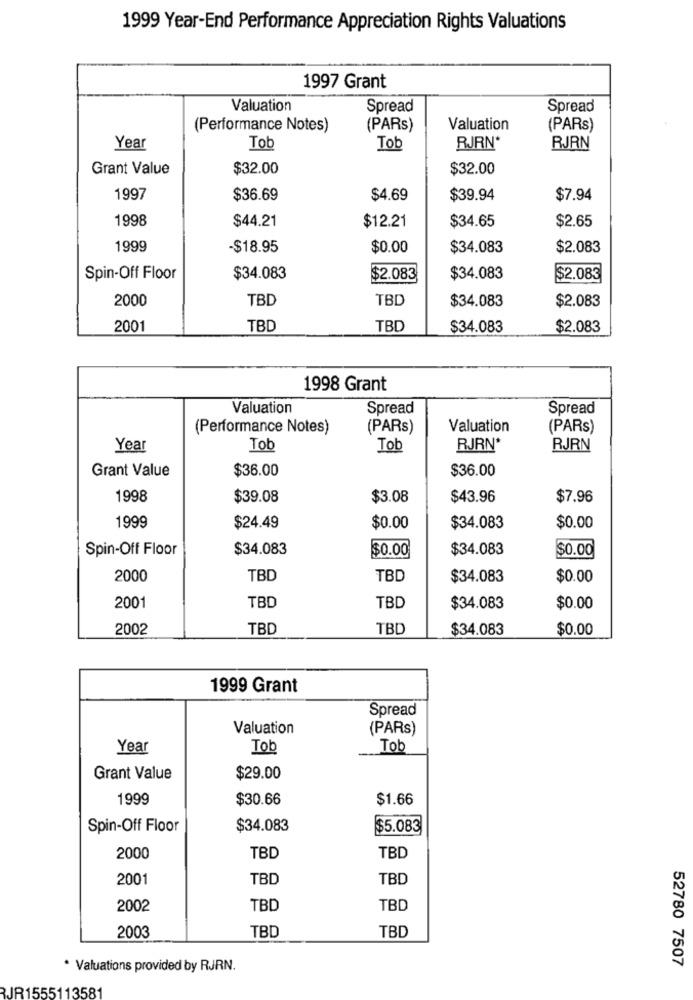
1999 Year-End Performance Appreciation Rights Valuations
1997 Grant
Valuation
Spread
Spread
(Performance Notes)
(PARs)
Valuation
(PARs)
Year
Tob
Tob
RJRN*
RJRN
Grant Value
$32.00
$32.00
1997
$36.69
$4.69
$39.94
$7.94
1998
$44.21
$12.21
$2.65
$34.65
1999
-$18.95
$0.00
$34.083
$2.083
Spin-Off Floor
$34.083
$2.083
$34.083
$2.083
2000
TBD
TBD
$34.083
$2.083
2001
TBD
TBD
$34.083
$2.083
1998 Grant
Valuation
Spread
Spread
(Performance Notes)
(PARs)
Valuation
(PARs)
Year
Tob
Tob
RJRN*
RJRN
Grant Value
$36.00
$36.00
1998
$39.08
$3.08
$43.96
$7.96
1999
$24.49
$0.00
$34.083
$0.00
Spin-Off Floor
$34.083
$0.00
$34.083
$0.00
2000
TBD
TBD
$34.083
$0.00
2001
TBD
TBD
$34.083
$0.00
2002
TBD
TBD
$34.083
$0.00
1999 Grant
Spread
Valuation
(PARs)
Year
Tob
Tob
Grant Value
$29.00
1999
$30.66
$1.66
Spin-Off Floor
$34.083
$5.083
2000
TBD
TBD
2001
TBD
TBD
2002
TBD
TBD
2003
TBD
TBD
52780 7507
* Valuations provided by RJRN.
55113581